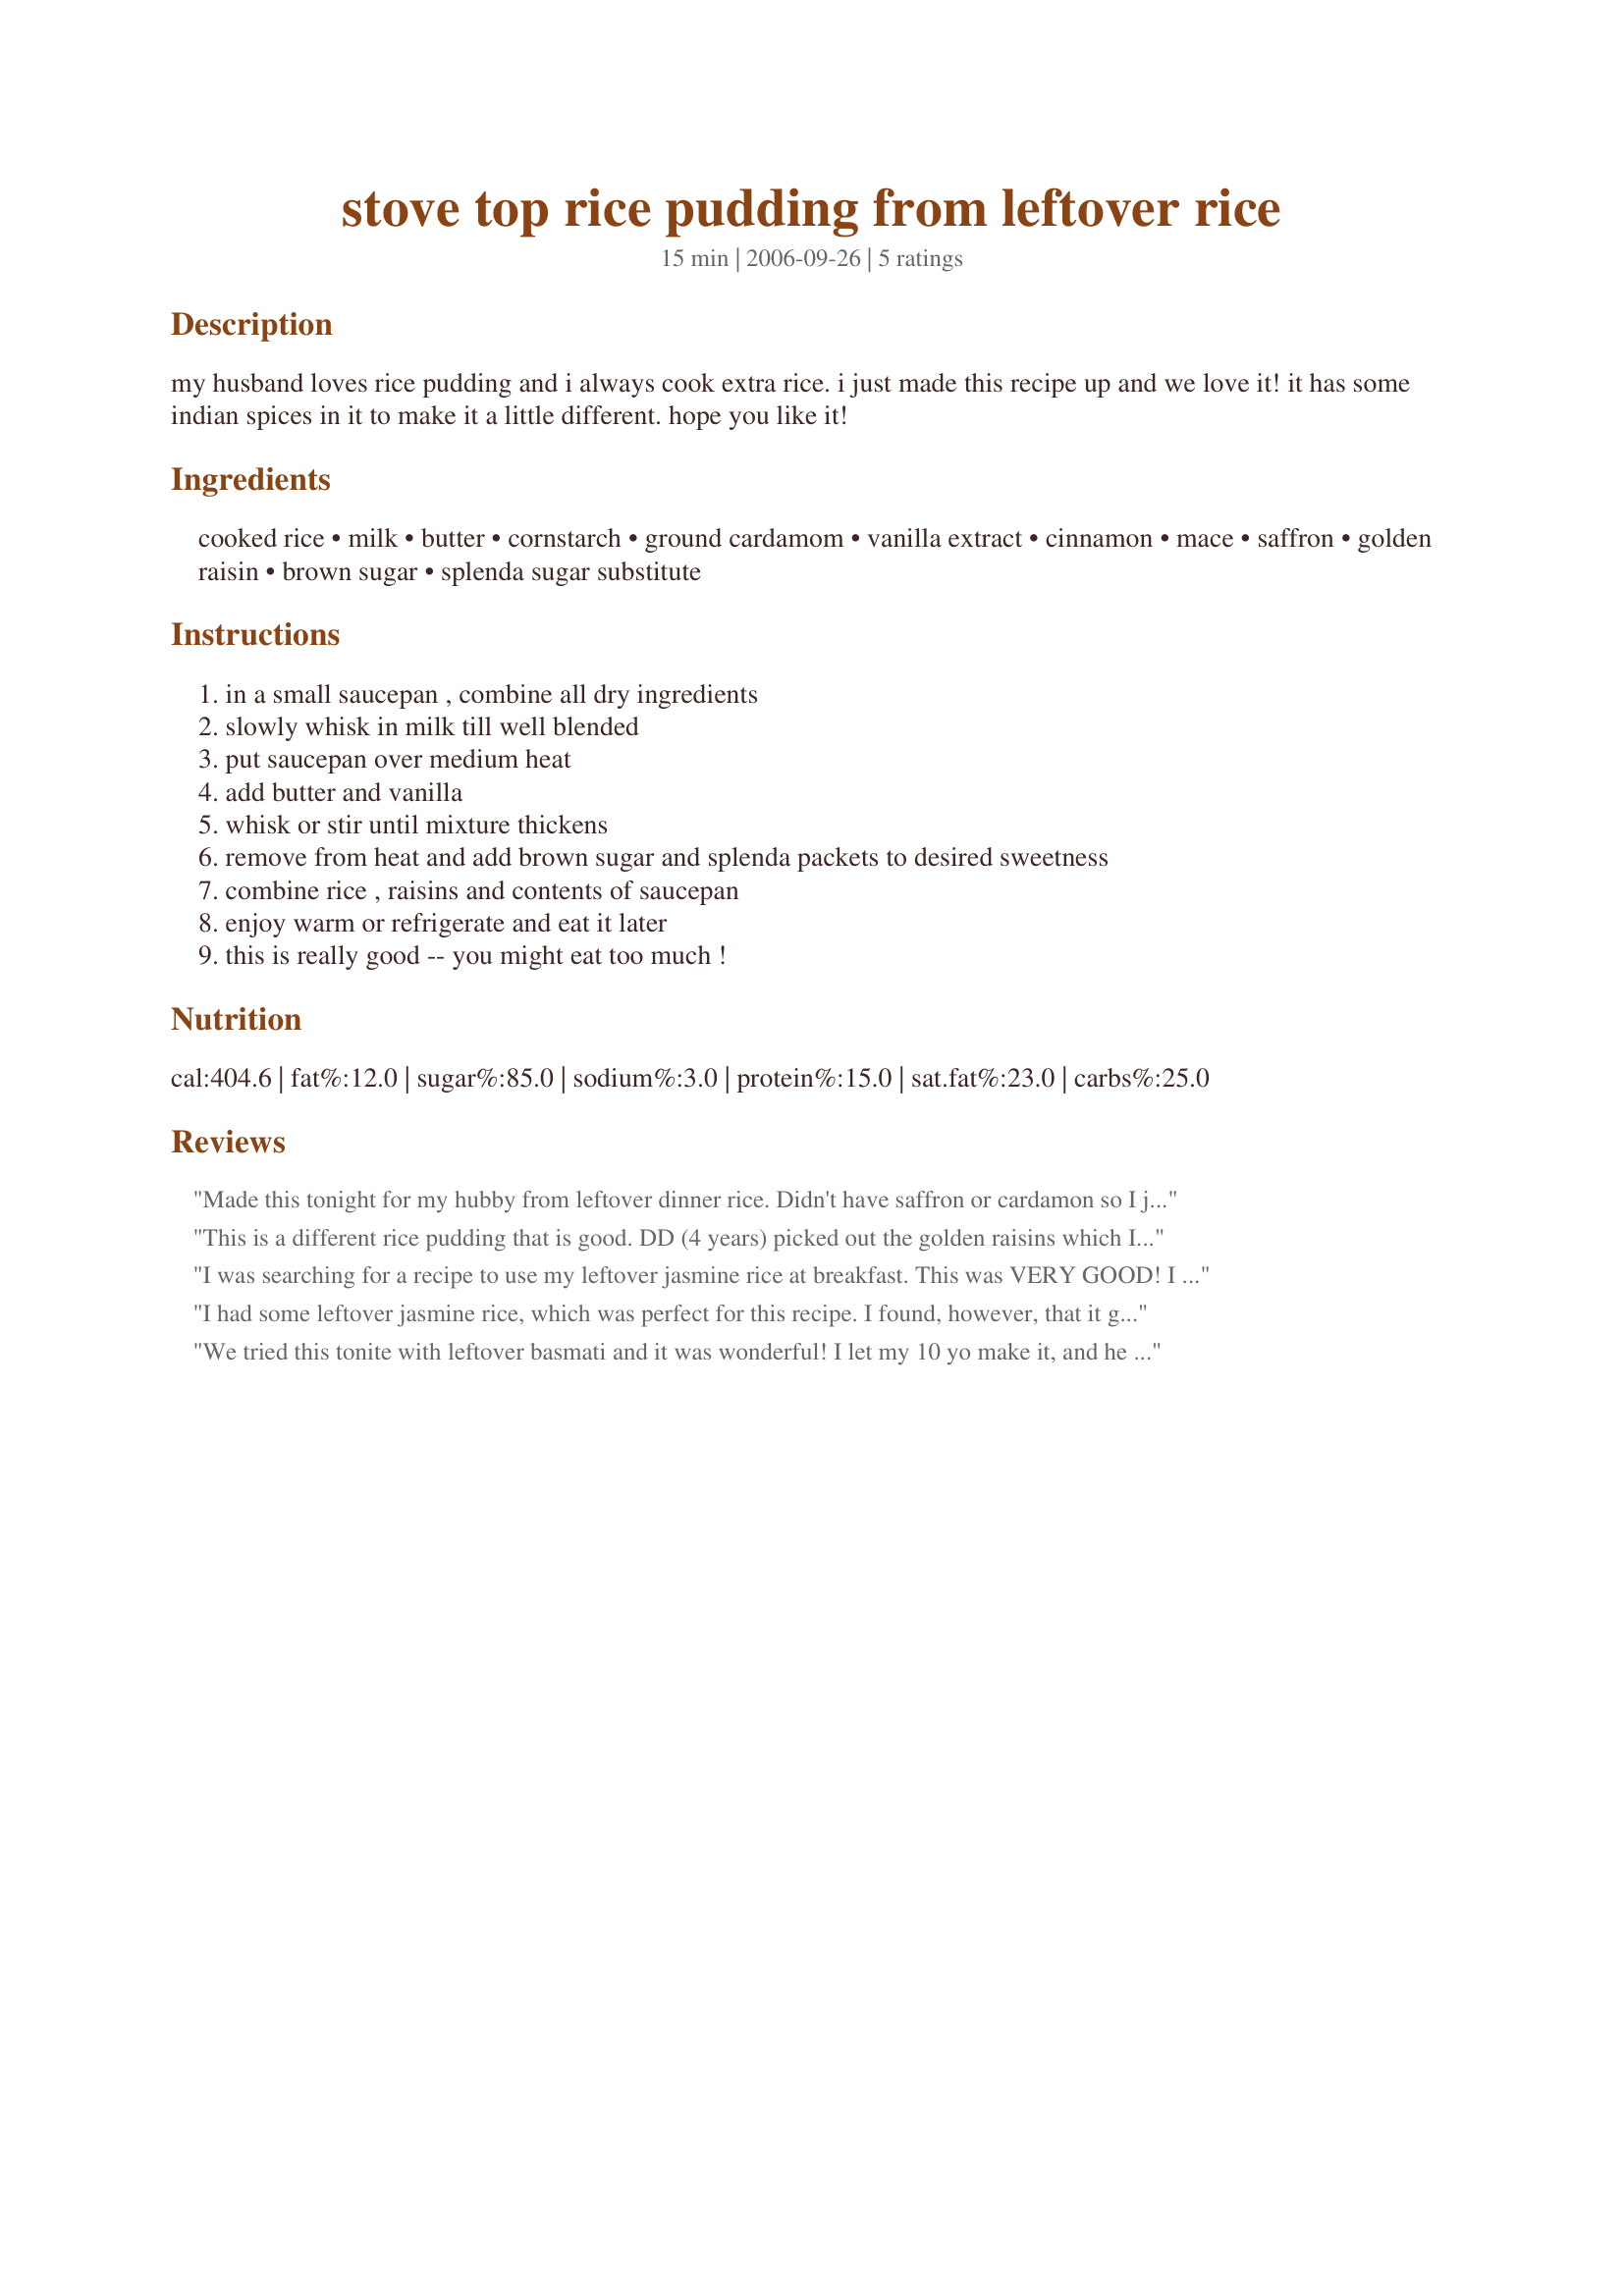
stove top rice pudding from leftover rice
Preparation time: 15 minutes

my husband loves rice pudding and i always cook extra rice. i just made this recipe up and we love it! it has some indian spices in it to make it a little different. hope you like it!

Ingredients:
cooked rice, milk, butter, cornstarch, ground cardamom, vanilla extract, cinnamon, mace, saffron, golden raisin, brown sugar, splenda sugar substitute

Steps:
in a small saucepan , combine all dry ingredients, slowly whisk in milk till well blended, put saucepan over medium heat, add butter and vanilla, whisk or stir until mixture thickens, remove from heat and add brown sugar and splenda packets to desired sweetness, combine rice , raisins and contents of saucepan, enjoy warm or refrigerate and eat it later, this is really good -- you might eat too much !

Reviews:
Made this tonight for my hubby from leftover dinner rice. Didn't have saffron or cardamon so I just left them out. I will def make with both next time. This didn't thicken as much as I would have liked. Thanks for another way to use up that leftover rice.
This is a different rice pudding that is good. DD (4 years) picked out the golden raisins which I did find complemented the spices yet would cut them down another time. I used just cooked Indian white Basmati rice, an alternative milk that wasn't great, the rice was cooked with sea salt, I used sweet butter (unsalted), sweet rice flour instead of corn starch for the starch, whole bruised cardamom pods because I was lazy, alcohol free vanilla from the health food store, allspice in place of mace and nutmeg because e do not consume intoxicants, a big pinch of Spanish saffron, white sugar in place of the splenda, plus the rest of the ingredients. Ours wasn't very sweet. Enjoyed more at room temperature.
I was searching for a recipe to use my leftover jasmine rice at breakfast. This was VERY GOOD! I paired the ingredient amounts down because I only had 2 cups of rice. I used 1 1/2 cups of milk and 2T cornstarch, but the same amount of butter and vanilla. I didn&#039;t have cardamom, so I substituted a dash of coriander. I only used 1/4 tsp cinnamon, a dash of mace and no saffron. It would be easy to overdo the spice in this dish. I only used 2T brown sugar (which was sweet enough for me). I also cooked it a bit longer to allow the rice to absorb more of the milk and soften since my rice came straight out of the &#039;fridge. I will definitely make it again!
I had some leftover jasmine rice, which was perfect for this recipe. I found, however, that it got a little too thick and perhaps next time I would try less rice. The spice combination tasted very exotic, but could be a little overwhelming after a bit. I found some nice fresh whipped cream complemented this nicely. Thanks for posting this. Made for Spring PAC 2009.
We tried this tonite with leftover basmati and it was wonderful! I let my 10 yo make it, and he had no trouble following the instructions. Thanks- I was really trying to find something for leftover rice and this was really special!
